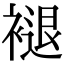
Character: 褪